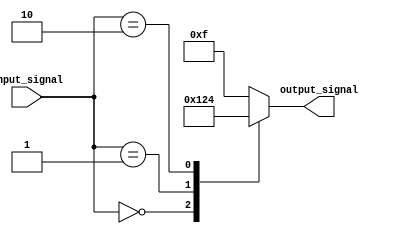
module dont_care_case(
    input [1:0] input_signal,
    output reg [3:0] output_signal
);

always @*
begin
    case(input_signal)
        2'b00: output_signal = 4'b0001;
        2'b01: output_signal = 4'b0010;
        2'b10: output_signal = 4'b0100;
        default: output_signal = 4'b1111; // don't care case
    endcase
end

endmodule